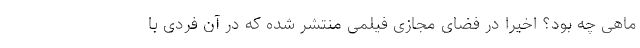
ماهی چه بود؟ اخیرا در فضای مجازی فیلمی منتشر شده که در آن فردی با